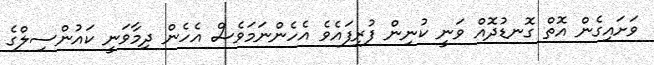
ވަށައިގެން އޮތް ގޮނޑުދޮއް ވަނީ ކުނިން ފުރިފައެވެ އެހެންނަމަވެސް އެހެން ދިމާވަނީ ކައުންސިލްގެ